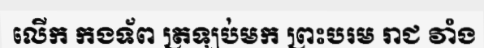
លើក កងទ័ព ត្រឡប់មក ព្រះបរម រាជ វាំង